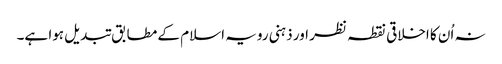
نہ اُن کا اخلاقی نقطہ نظر اور ذہنی رویہ اسلام کے مطابق تبدیل ہوا ہے۔